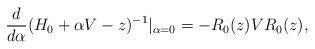
LaTeX: \begin{align*}\frac{d}{d\alpha}(H_0+\alpha V-z)^{-1}|_{\alpha=0}=-R_0(z)VR_0(z), \end{align*}